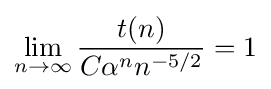
\lim _{n\to \infty }{\frac {t(n)}{C\alpha ^{n}n^{-5/2}}}=1